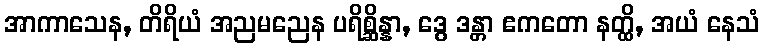
အာကာသေန, တိရိယံ အညမညေန ပရိစ္ဆိန္နာ, ဒွေ ဒန္တာ ဧကတော နတ္ထိ, အယံ နေသံ